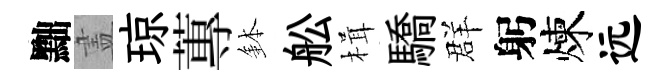
黜𥁞琼蓴鉢舩楫驕群躬煉远